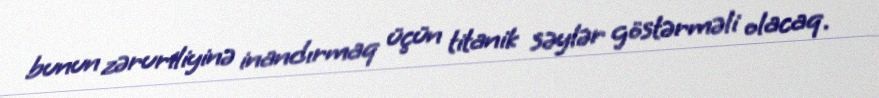
bunun zəruriliyinə inandırmaq üçün titanik səylər göstərməli olacaq.